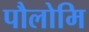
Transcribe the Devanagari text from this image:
पौलोमि